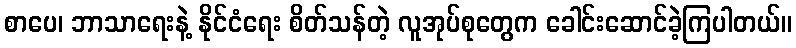
စာပေ၊ ဘာသာရေးနဲ့ နိုင်ငံရေး စိတ်သန်တဲ့ လူအုပ်စုတွေက ခေါင်းဆောင်ခဲ့ကြပါတယ်။